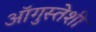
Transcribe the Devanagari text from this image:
ऑगुस्तेशी